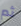
ثم